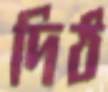
দিঠ